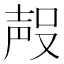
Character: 𭮶